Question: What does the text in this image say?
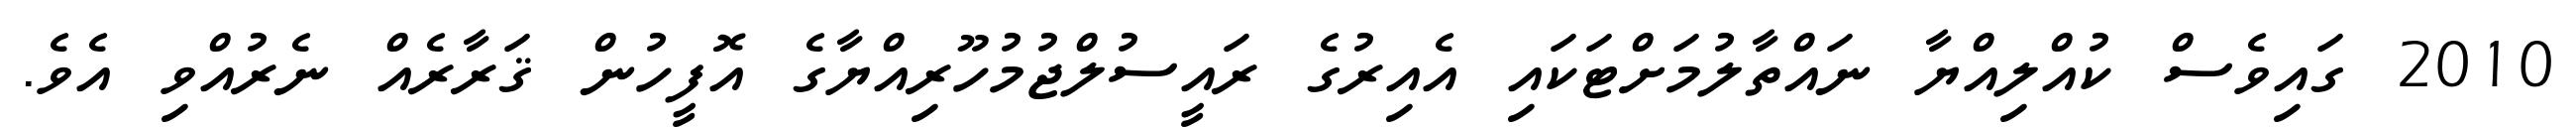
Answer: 2010 ގައިވެސް ކުއްލިއްޔާ ނައްތާލުމަށްޓަކައި އެއިރުގެ ރައީސުލްޖުމުހޫރިއްޔާގެ އޮފީހުން ޤަރާރެއް ނެރުއްވި އެވެ.